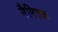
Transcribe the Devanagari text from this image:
नैमित्तक